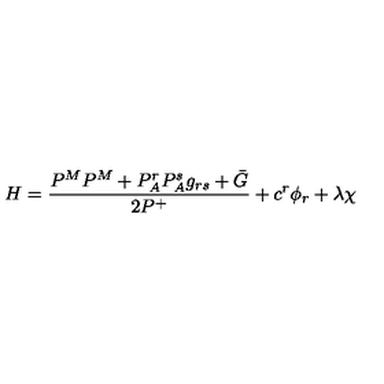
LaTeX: H = \frac { P ^ { M } P ^ { M } + P _ { A } ^ { r } P _ { A } ^ { s } g _ { r s } + \bar { G } } { 2 P ^ { + } } + c ^ { r } \phi _ { r } + \lambda \chi